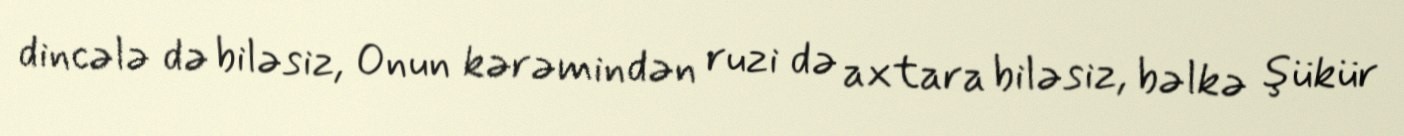
dincələ də biləsiz, Onun kərəmindən ruzi də axtara biləsiz, bəlkə şükür